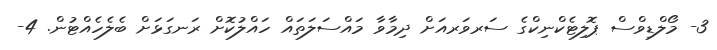
3- މޯލްޑިވްސް ޕޮލިޓެކްނިކްގެ ސަރވަރއަށް ދިމާވާ މައްސަލަތައް ހައްލުކޮށް ރަނގަޅަށް ބެލެހެއްޓުން. 4-